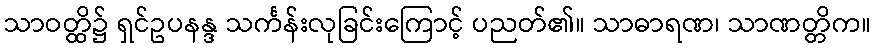
သာဝတ္ထိ၌ ရှင်ဥပနန္ဒ သင်္ကန်းလုခြင်းကြောင့် ပညတ်၏။ သာဓာရဏ၊ သာဏတ္တိက။